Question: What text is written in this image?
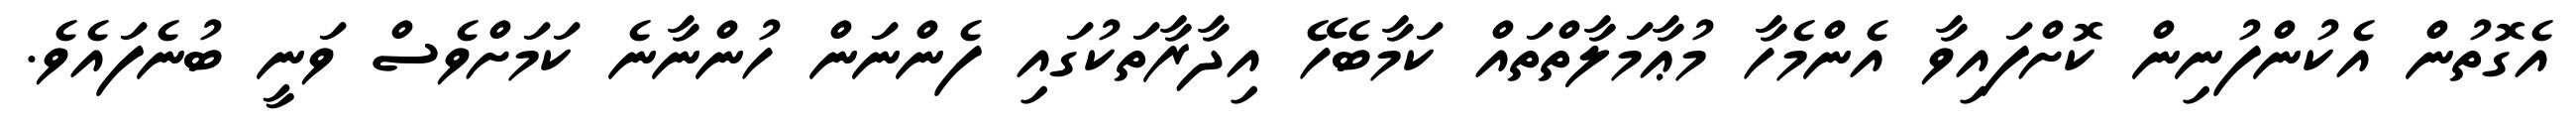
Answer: އެގޮތުން އެކުންފުނިން ކޮށްފައިވާ އެންމެހާ މުޢާމަލާތްތައް ކަމާބެހޭ އިދާރާތަކުގައި ފެންނަން ހުންނާނެ ކަމަށްވެސް ވަނީ ބުނެފައެވެ.